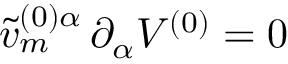
\tilde { v } _ { m } ^ { ( 0 ) \alpha } \, \partial _ { \alpha } V ^ { ( 0 ) } = 0